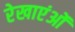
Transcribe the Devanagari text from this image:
रेखाएंओं